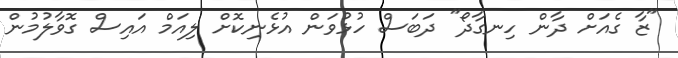
"ޒާ ގެއަށް ދާން ހިނގާދޯ" ދަބަސް ހުޅުވަން އުޅެނިކޮށް ލިއަމް އައިސް ގޮވާލުމުން